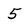
Character: 5